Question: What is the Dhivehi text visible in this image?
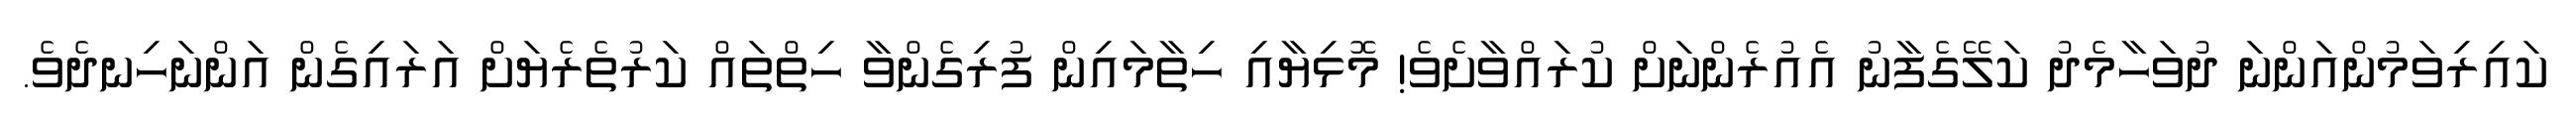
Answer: ކައިރިވަމުންއަންނަ ދުވަހާމެދު ކަލޭގެފާނު އެއުރެންނަށް ކުރައްވާށެވެ! މޮޅިޔާއި ހިތާމައިން ފުރިގެންވާ ހިތްތައް ކަރުތެރެޔަށް އަރައިގެން އަންނަހިނދެވެ.